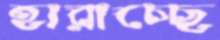
হারাচ্ছে